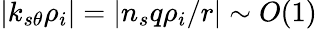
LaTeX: |k_{s\theta}\rho_{i}|=|n_{s}q\rho_{i}/r|\sim O(1)